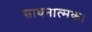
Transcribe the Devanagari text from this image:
साधनात्मक।